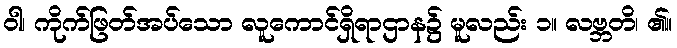
ဝါ၊ ကိုက်ဖြတ်အပ်သော လူကောင်ရှိရာဌာန၌ မူလည်း ၁။ လဗ္ဘတိ၊ ၏။